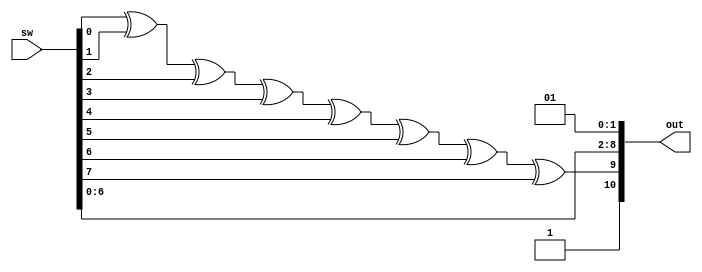
`timescale 1ns / 1ps
//////////////////////////////////////////////////////////////////////////////////
// Company:
// Engineer:
//
// Design Name:
// Module Name:    bitgenerator
// Project Name:
// Target Devices:
// Tool versions:
// Description:
//
// Dependencies:
//
// Revision:
// Revision 0.01 - File Created
// Additional Comments:
//
//////////////////////////////////////////////////////////////////////////////////
module bitgenerator(
    input [7:0] sw,
    output [10:0] out
    );

	 assign out[0]=1; // STOP bit - els
	 assign out[1]=0; //START bit
	 assign out[2]=sw[0]; //els kapcsol llsa
	 assign out[3]=sw[1]; //msodik kapcsol llsa
	 assign out[4]=sw[2]; //harmadik kapcsol llsa
	 assign out[5]=sw[3]; //negyedik kapcsol llsa
	 assign out[6]=sw[4]; //tdik kapcsol llsa
	 assign out[7]=sw[5]; //hatodik kapcsol llsa
	 assign out[8]=sw[6]; //hetedik kapcsol llsa
	 assign out[9]=sw[0]^sw[1]^sw[2]^sw[3]^sw[4]^sw[5]^sw[6]^sw[7]; // nyolcadik kapcsolval (SW7) tudjuk vlasztani a paritst
    //a paritst bithez pedig sszeszmoljuk az 1-eseket, s ha pratlan szm 1es van, akkor lesz az 1.
	 //Egyszerstsknt az sszes kapcsol llst sszeXORoltam.
	 assign out[10]=1; // STOP bit - msodik

endmodule